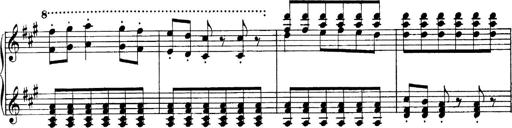
Title: Sonatina No.6
Composer: Ferruccio Busoni